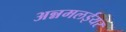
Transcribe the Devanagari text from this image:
अन्नमलईयर